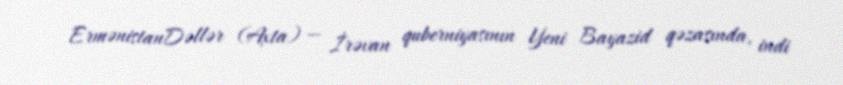
ErmənistanDəllər (Axta) — İrəvan quberniyasının Yeni Bayazid qəzasında, indi